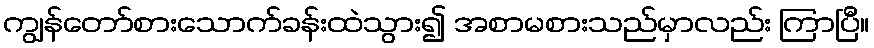
ကျွန်တော်စားသောက်ခန်းထဲသွား၍ အစာမစားသည်မှာလည်း ကြာပြီ။